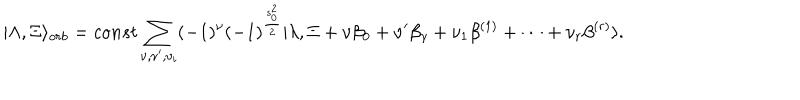
| \Lambda , \Xi \rangle _ { o r b } = c o n s t \sum _ { \nu , \nu ^ { \prime } , \nu _ { i } } ( - 1 ) ^ { \nu } ( - 1 ) ^ { \frac { s _ { 0 } ^ { 2 } } { 2 } } | \lambda , \Xi + \nu \beta _ { 0 } + \nu ^ { \prime } \beta _ { \gamma } + \nu _ { 1 } \beta ^ { ( 1 ) } + \dots + \nu _ { r } \beta ^ { ( r ) } \rangle .